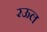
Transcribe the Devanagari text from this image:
रऊल